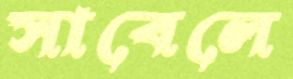
সাবেলে